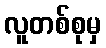
လူတစ်စုမှ